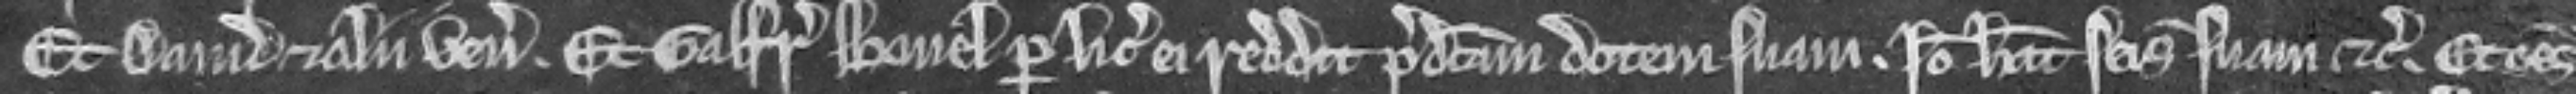
Et David et alii veniunt. Et Galfridus Bavel per licenciam ei reddit predictam dotem suam. Ideo habeat seisinam suam etc. Et omnes